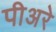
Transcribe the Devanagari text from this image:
पीअरे